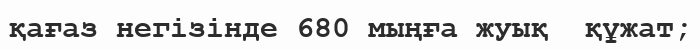
қағаз негізінде 680 мыңға жуық  құжат;